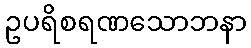
ဥပရိစရဏသောဘနာ